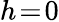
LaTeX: h\! =\! 0